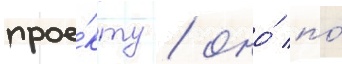
прое́кту / оно́ по́